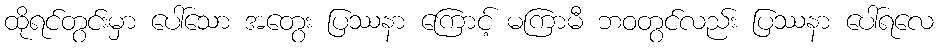
ထိုရင်တွင်းမှာ ပေါ်သော အတွေး ပြဿနာ ကြောင့် မကြာမီ ဘဝတွင်လည်း ပြဿနာ ပေါ်ရလေ